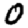
Digit: 0